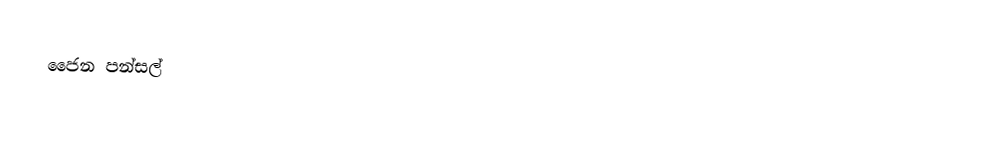
ජෛන පන්සල්